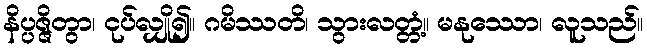
နိပ္ပဇ္ဇိတွာ၊ ငုပ်လျှို၍။ ဂမိဿတိ၊ သွားလတ္တံ့။ မနုဿော၊ လူသည်။